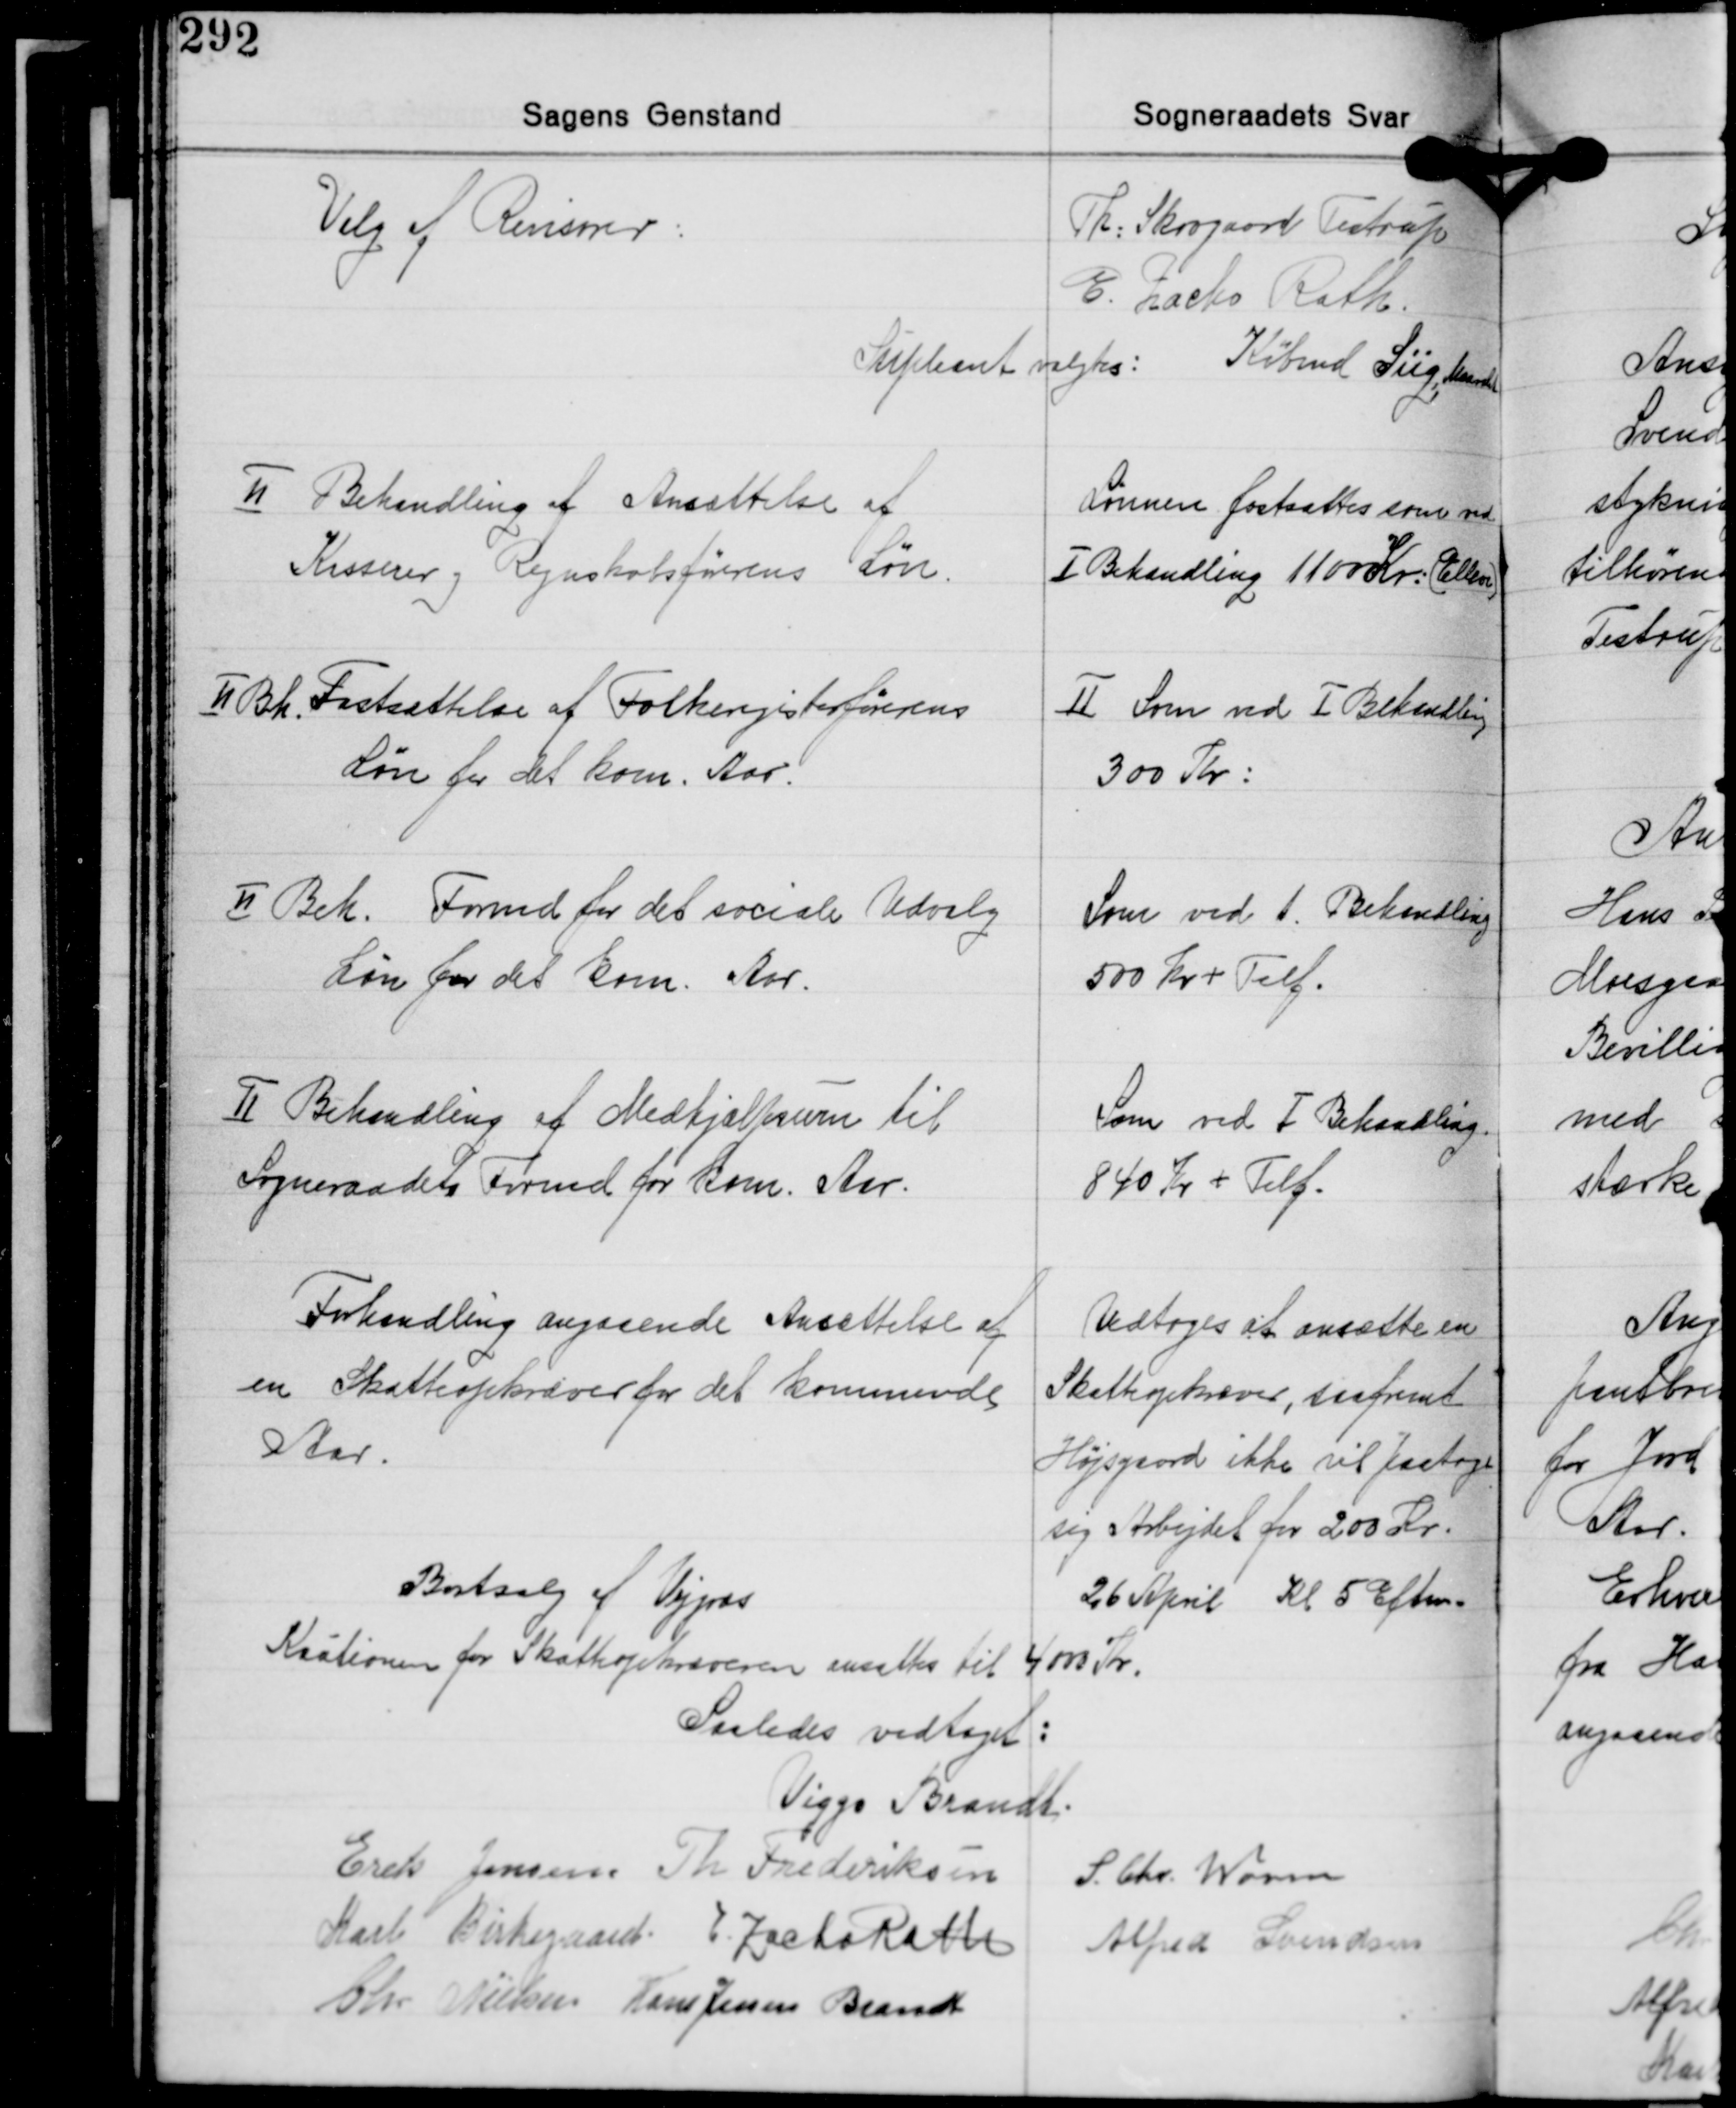
Transskription:
Valg af Revisorer:

Th. Skovgaard Testrup
E. Zacho Rath.
Supleant valgtes: Købmd. Siig Maarslet

Ⅱ Behandling af Ansættelse af
Kasserer og Regnskabsførerens Løn.

Lønnen fastsattes som ved
Ⅰ Behandling 1100 Kr. (Elleve)

Ⅱ Bh. Fastsættelse af Folkeregisterførerens
Løn for det kom. Aar.

Ⅱ Som ved Ⅰ Behandling
300 Kr.:

Ⅱ Beh. Formd. for det sociale Udvalg
Løn for det kom. Aar.

Som ved Ⅰ Behandling
500 Kr. + Telf.

Ⅱ Behandling af Medhjælpssum til
Sogneraadets Formd. for kom. Aar.

Som ved I Behandling.
840 Kr. + Telf.

Forhandling angaaende Ansættelse af
en Skatteopkræver for det kommende
Aar.

Vedtoges at ansætte en
Skatteopkræver, saafremt
Højsgaard ikke vil paatage
sig Arbejdet for 200 Kr.
26 April Kl. 5 Eftm.

Bortsalg af Vejgræs

Kautionen for Skatteopkræveren ansattes til 4000 Kr.

Saaledes vedtaget:

Viggo Brandt
Erik Jensen Th. Frederiksen S. Chr. Worm
Karl Birkegaard E. Zacho Rath
Alfred Svendsen
Chr. Nielsen Hans Jessen Brandt